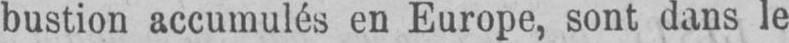
bustion accumulés en Europe, sont dans le